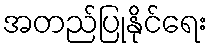
အတည်ပြုနိုင်ရေး